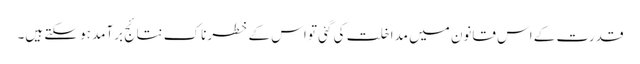
قدرت کے اس قانون میں مداخلت کی گئی تو اس کے خطرناک نتائج برآمد ہو سکتے ہیں۔